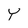
Character: Y